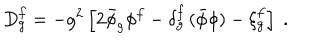
D _ { g } ^ { f } = - g ^ { 2 } \left[ 2 \bar { \phi } _ { g } \phi ^ { f } - \delta _ { g } ^ { f } \, ( \bar { \phi } \phi ) - \xi _ { g } ^ { f } \right] \; .